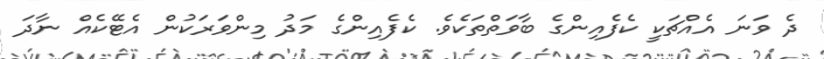
ދެ ވަނަ އެއްޗަކީ ކެފެއިންގެ ބާވަތްތަކެވެ. ކެފެއިންގެ މަދު މިންވަރަކުން އެޓޭކެއް ނާދަ